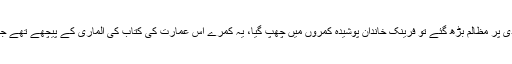
جب جولائی 1942ء میں یہودی آبادی پر مظالم بڑھ گئے تو فرینک خاندان پوشیدہ کمروں میں چھپ گیا، یہ کمرے اس عمارت کی کتاب کی الماری کے پیچھے تھے جہاں اس کے والد کام کیا کرتے تھے۔